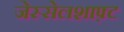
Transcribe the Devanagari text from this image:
जेस्सेलशाफ़्ट